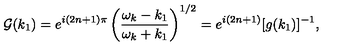
{ \cal G } ( k _ { 1 } ) = e ^ { i ( 2 n + 1 ) \pi } \left( \frac { \omega _ { k } - k _ { 1 } } { \omega _ { k } + k _ { 1 } } \right) ^ { 1 / 2 } = e ^ { i ( 2 n + 1 ) } [ g ( k _ { 1 } ) ] ^ { - 1 } ,